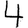
Digit: 4